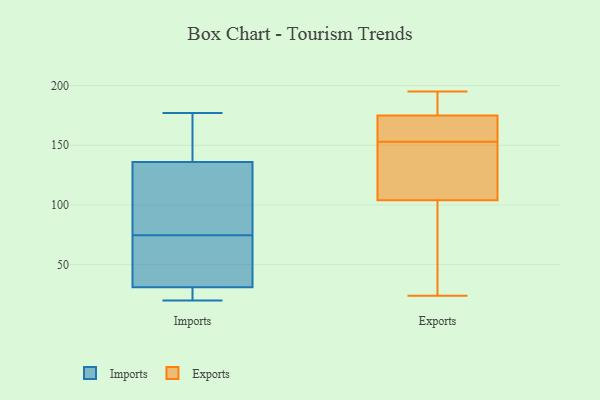
{"axis": {"x": "Gross Profit (USD K)", "y": "Value"}, "legend": ["Exports", "Imports"], "data": [{"x": "", "y": 81, "type": "Imports"}, {"x": "", "y": 143, "type": "Imports"}, {"x": "", "y": 68, "type": "Imports"}, {"x": "", "y": 39, "type": "Imports"}, {"x": "", "y": 136, "type": "Imports"}, {"x": "", "y": 103, "type": "Imports"}, {"x": "", "y": 31, "type": "Imports"}, {"x": "", "y": 20, "type": "Imports"}, {"x": "", "y": 177, "type": "Imports"}, {"x": "", "y": 25, "type": "Imports"}, {"x": "", "y": 24, "type": "Exports"}, {"x": "", "y": 195, "type": "Exports"}, {"x": "", "y": 156, "type": "Exports"}, {"x": "", "y": 59, "type": "Exports"}, {"x": "", "y": 153, "type": "Exports"}, {"x": "", "y": 55, "type": "Exports"}, {"x": "", "y": 125, "type": "Exports"}, {"x": "", "y": 155, "type": "Exports"}, {"x": "", "y": 119, "type": "Exports"}, {"x": "", "y": 138, "type": "Exports"}, {"x": "", "y": 184, "type": "Exports"}, {"x": "", "y": 190, "type": "Exports"}, {"x": "", "y": 172, "type": "Exports"}]}